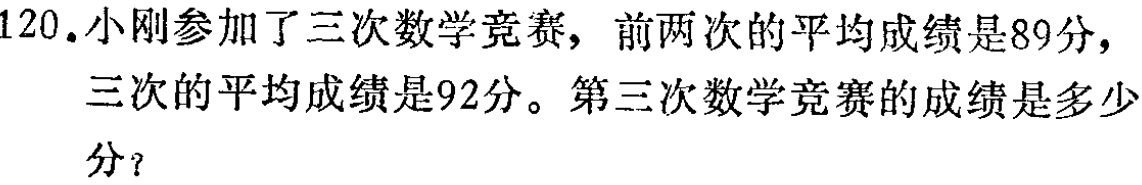
120.小刚参加了三次数学竞赛，前两次的平均成绩是89分，三次的平均成绩是92分。第三次数学竞赛的成绩是多少分？